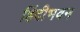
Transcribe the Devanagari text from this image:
हिंदीभवन